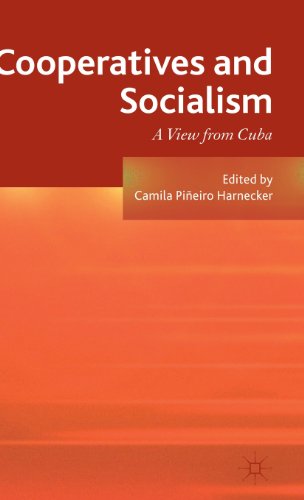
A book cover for Cooperatives and Socialism: A View from Cuba; Business & Money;